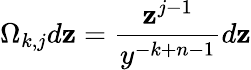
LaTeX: \Omega_{k,j}d\mathbf{z}={\frac{{\mathbf{z}^{j-1}}}{{y^{-k+n-1}}}}d\mathbf{z}